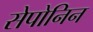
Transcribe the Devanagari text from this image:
सेपोनिन